Annual report on the working of the lock hospitals in the Central Provinces
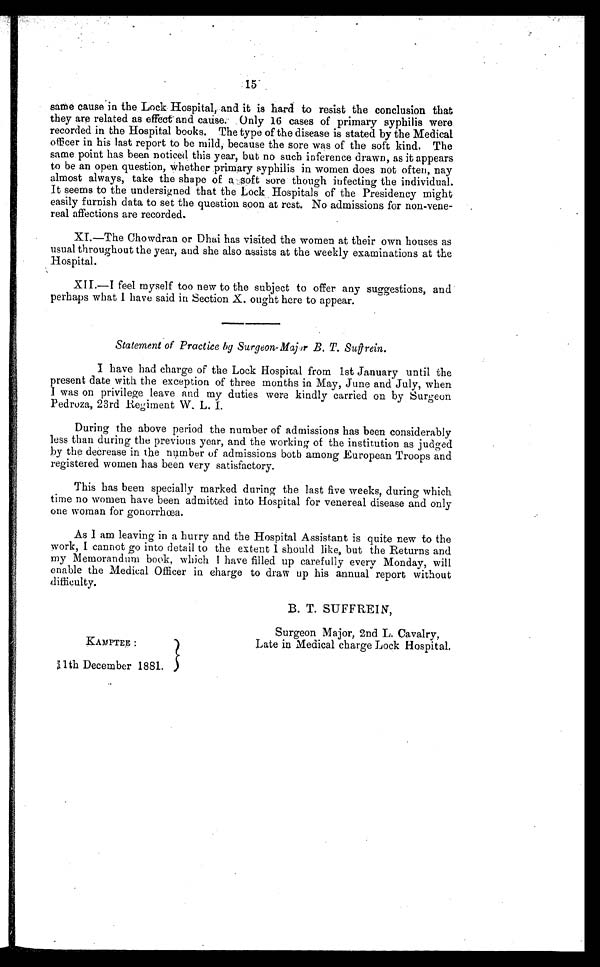
15
same cause in the Lock Hospital, and it is hard to resist the conclusion that
they are related as effect and cause Only 16 cases of primary syphilis were
recorded in the Hospital books. The type of the disease is stated by the Medical
officer in his last report to be mild, because the sore was of the soft kind. The
same point has been noticed this year, but no such inference drawn, as it appears
to be an open question, whether primary syphilis in women does not often, nay
almost always, take the shape of a soft sore though infecting the individual.
It seems to the undersigned that the Lock Hospitals of the Presidency might
easily furnish data to set the question soon at rest. No admissions for non-vene-
real affections are recorded.
XI.—The Chowdran or Dhai has visited the women at their own houses as
usual throughout the year, and she also assists at the weekly examinations at the
Hospital.
XII.—I feel myself too new to the subject to offer any suggestions, and
perhaps what I have said in Section X. ought here to appear.
Statement of Practice by Surgeon-Major B. T. Suffrein.
I have had charge of the Lock Hospital from 1st January until the
present date with the exception of three months in May, June and July, when
I was on privilege leave and my duties were kindly carried on by Surgeon
Pedroza, 23rd Regiment W. L. I.
During the above period the number of admissions has been considerably
less than during the previous year, and the working of the institution as judged
by the decrease in the number of admissions both among European Troops and
registered women has been very satisfactory.
This has been specially marked during the last five weeks, during which
time no women have been admitted into Hospital for venereal disease and only
one woman for gonorrhœa.
As I am leaving in a hurry and the Hospital Assistant is quite new to the
work, I cannot go into detail to the extent I should like, but the Returns and
my Memorandum book, which I have filled up carefully every Monday, will
enable the Medical Officer in charge to draw up his annual report without
difficulty.
B. T. SUFFREIN,
Surgeon Major, 2nd L. Cavalry,
K A M P T E E :
L a t e i n M e d i c a l c h a r g e L o c k H o s p i t a l .
11th December 1881.